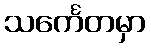
သင်္ကေတမှာ